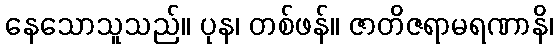
နေသောသူသည်။ ပုန၊ တစ်ဖန်။ ဇာတိဇရာမရဏာနိ၊